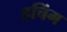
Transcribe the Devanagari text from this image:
हचिंग